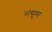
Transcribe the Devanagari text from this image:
मसूम